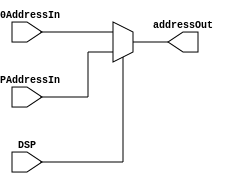
module AddressSelector2(
	input			DSP,   // DSP - From the Write Back Stage
	input 	[15:0] 	R0AddressIn,   // [R0]
	input	[15:0]	SPAddressIn,   // [SP]
	output	[15:0]	addressOut     // Address Out to memory port 3
);

assign addressOut = (DSP)?SPAddressIn:R0AddressIn ;

endmodule